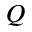
Q